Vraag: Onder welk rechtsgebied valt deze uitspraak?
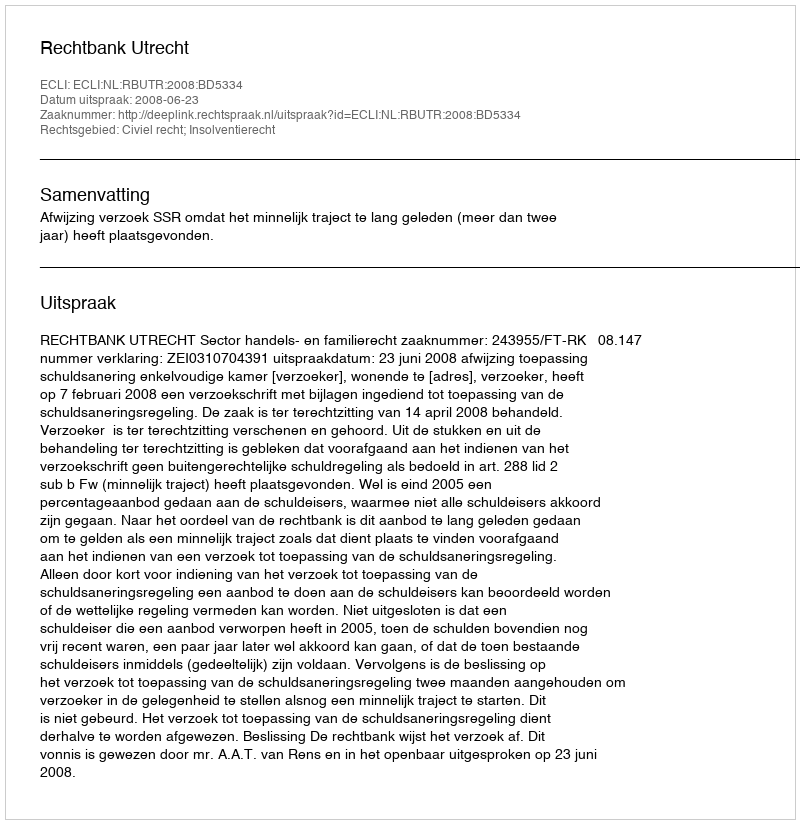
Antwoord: Civiel recht; Insolventierecht